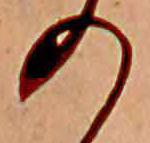
の